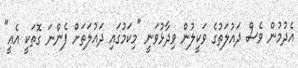
އެދުމުން ވެސް ދައުލަތުގެ ވަކީލުން ވިދާޅުވަނީ "މިކަމުގައި ދައުލަތަށް ފެންނަ ގޮތަކީ އެއީ"